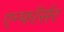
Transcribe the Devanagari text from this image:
एन्फाॅर्सर